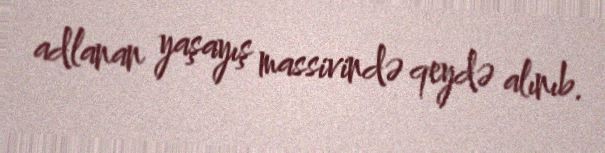
adlanan yaşayış massivində qeydə alınıb.